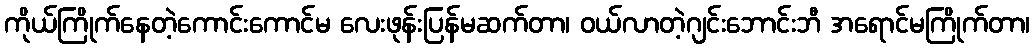
ကိုယ်ကြိုက်နေတဲ့ကောင်းကောင်မ လေးဖုန်းပြန်မဆက်တာ၊ ဝယ်လာတဲ့ဂျင်းဘောင်းဘီ အရောင်မကြိုက်တာ၊